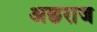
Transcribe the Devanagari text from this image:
अछराज